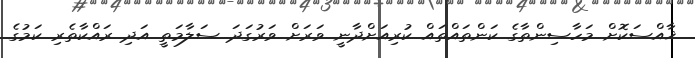
ޚާއްސަކޮށް މަހާސިންތާގެ ކަންތައްތައް ކުރިއަށްދާނީ ވަރަށް ވަރުގަދަ ސަލާމަތީ އަދި ރައްކާތެރި ކަމުގެ